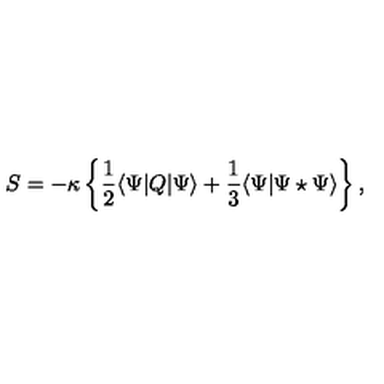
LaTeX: S = - \kappa \left\{ \frac 1 2 \langle \Psi | Q | \Psi \rangle + \frac 1 3 \langle \Psi | \Psi \star \Psi \rangle \right\} ,